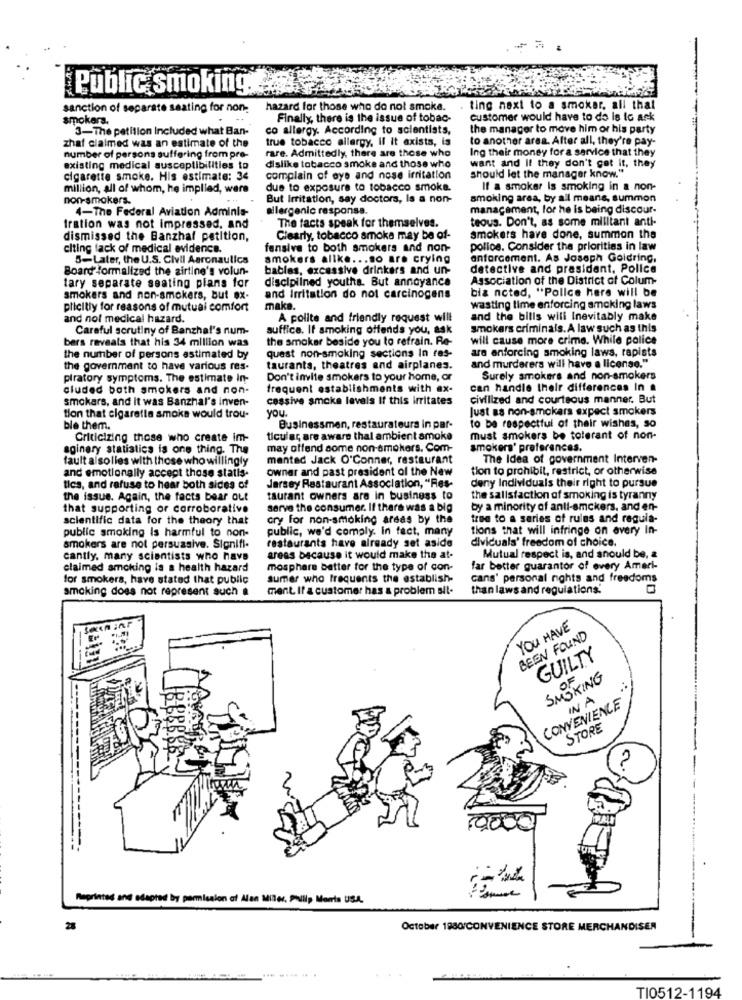
Public smoking.
sanction of separate seating for non.
hazard for those who do not smoke.
ting next to a smoker, all that
smokers.
Finally, there is the issue of tobac-
customer would have to do is to ask
3-The petition Included what Ban-
co allergy. According to scientists,
the manager to move him or his party
zhat claimed was an estimate of the
true tobacco allergy, Il it exists, is
to another area. After all, they're pay-
rare. Admittedly, there are those who
Ing their money for a service that they
number of persons suffering from pre-
dislike tobacco smoke and those who
want and It they don't get it, they
existing medical susceptibilities to
cigarette smoke. His estimate: 34
complain of eye and nose irritation
should let the manager know."
million, all of whom, he implied, were
due to exposure to tobacco smoke.
If a smoker is smoking in a non-
non-smokers.
But Irritation, say doctors, Is a non-
smoking area, by all means, summon
4-The Federal Aviation Adminis-
allergenic responsa.
management, lor he is being discour-
teous. Don't, as some militant anti-
Iration was not impressed, and
The facts speak for themselves.
dismissed the Banzhaf petition,
Clearly, tobacco smoke may be of-
smokers have done, summon the
citing lack of medical evidence.
fensive to both smokers and non-
police. Consider the priorities in law
5-Later, the U.S. Civil Aaronaulics
smokers alike ... so are crying
anforcement. As Joseph Goldring,
Board formalized the airline's volun-
bables, excessive drinkers and un-
detective and president. Police
disciplined youths. But annoyance
Association of the District of Colum-
tary separate seating plans for
bia noted, "Police here will be
smokers and non-smokers, but ex-
and Irritation do not carcinogens
plicitly for reasons of mutual comfort
make.
wasting time enforcing smoking laws
and not medical hazard.
A polite and friendly request will
and the bills wili Inevitably make
Careful scrutiny of Banzhal's num-
suffice. If smoking offends you, ask
smokers criminals. A law such as this
bers reveals that his 34 million was
the smoker beside you to refrain. Re-
will cause more crime. While police
quest non-smoking sections In res-
are enforcing smoking laws, rapists
the number of persons estimated by
and murderers will have a license."
the government to have various res-
tauranta, theatres and airplanes.
piratory symptoms. The estimate in-
Don't invite smokers to your home, or
Surely smokers and non-smokers
cluded both smokers and non-
frequent establishments with ex-
can handle their differences In .
smokers, and it was Banzhal's inven-
cessive smoke levels If this irritates
civilized and courteous manner. But
you
Just as non-smokers expect smokers
tion that cigarette smoke would trou-
ble them.
Businessmen, restaurateurs in par-
to be respectful of their wishes, so
Criticizing those who create im-
ticular are aware thal ambient smoke
must smokers be tolerant of non-
aginary statistics is one thing. The
may offend some non-smokers. Com-
smokers' preferences.
fault alsolles with those who willingly
mentad Jack O'Conner, restaurant
The Idea of government Interven-
owner and past president of the New
tion to prohibit, restrict, or otherwise
and emotionally accept those statis-
deny Individuals their right to pursue
tics, and refuse to hear both sides of
Jersey Restaurant Association, "Res-
the issue. Again, the facts bear out
taurant owners are in business to
the salisfaction of smoking is tyranny
that supporting or corroborative
serve the consumer. If there was a big
by a minority of anli-smckers, and en-
scientific data for the theory that
cry for non-smoking areas by the
true to a series of rules and regula-
public smoking is harmful to non-
public, we'd comply. In fact, many
tions that will infringe on avery In-
dividuals' freedom of choice.
smokers are not persuasive. Signifi-
restaurants have already set aside
cantly, many scientists who have
areas because it would make the at-
Mutual respect is, and should be, a
claimed amcking is a health hazard
mosphere batter for the type of con-
far better guarantor of every Ameri-
for smokers, have stated that public
summer who frequents the establish-
cans' personal nights and freedoms
smoking does not represent such a
ment. If a customer has & problem sil-
than laws and regulations.
YOU HAVE
BEEN FOUND
GUILTY
SMOKING
CONVENIENCE
IN A
STORE
---
Reprinted and adapted by permission of Alan Miller, Philip Morris USA.
28
October 1980/CONVENIENCE STORE MERCHANDISER
TI0512-1194